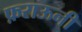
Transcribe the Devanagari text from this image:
फ़राऊनी